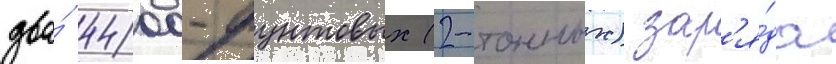
два́ 4400-фунтовых (2-тонных) зар'я́да